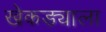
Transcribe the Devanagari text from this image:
खेकड्याला